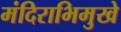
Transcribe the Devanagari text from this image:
मंदिराभिमुखे